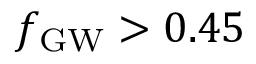
\ensuremath { f _ { \mathrm { G W } } } > 0 . 4 5